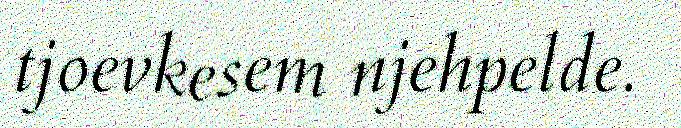
tjoevkesem njehpelde.